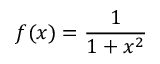
f ( x ) = { \frac { 1 } { 1 + x ^ { 2 } } }